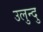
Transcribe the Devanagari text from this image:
उलुन्दु